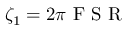
\zeta _ { 1 } = 2 \pi \mathrm { ~ F ~ S ~ R ~ }